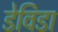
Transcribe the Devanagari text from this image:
डेविडा